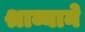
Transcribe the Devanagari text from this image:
श्राव्याने